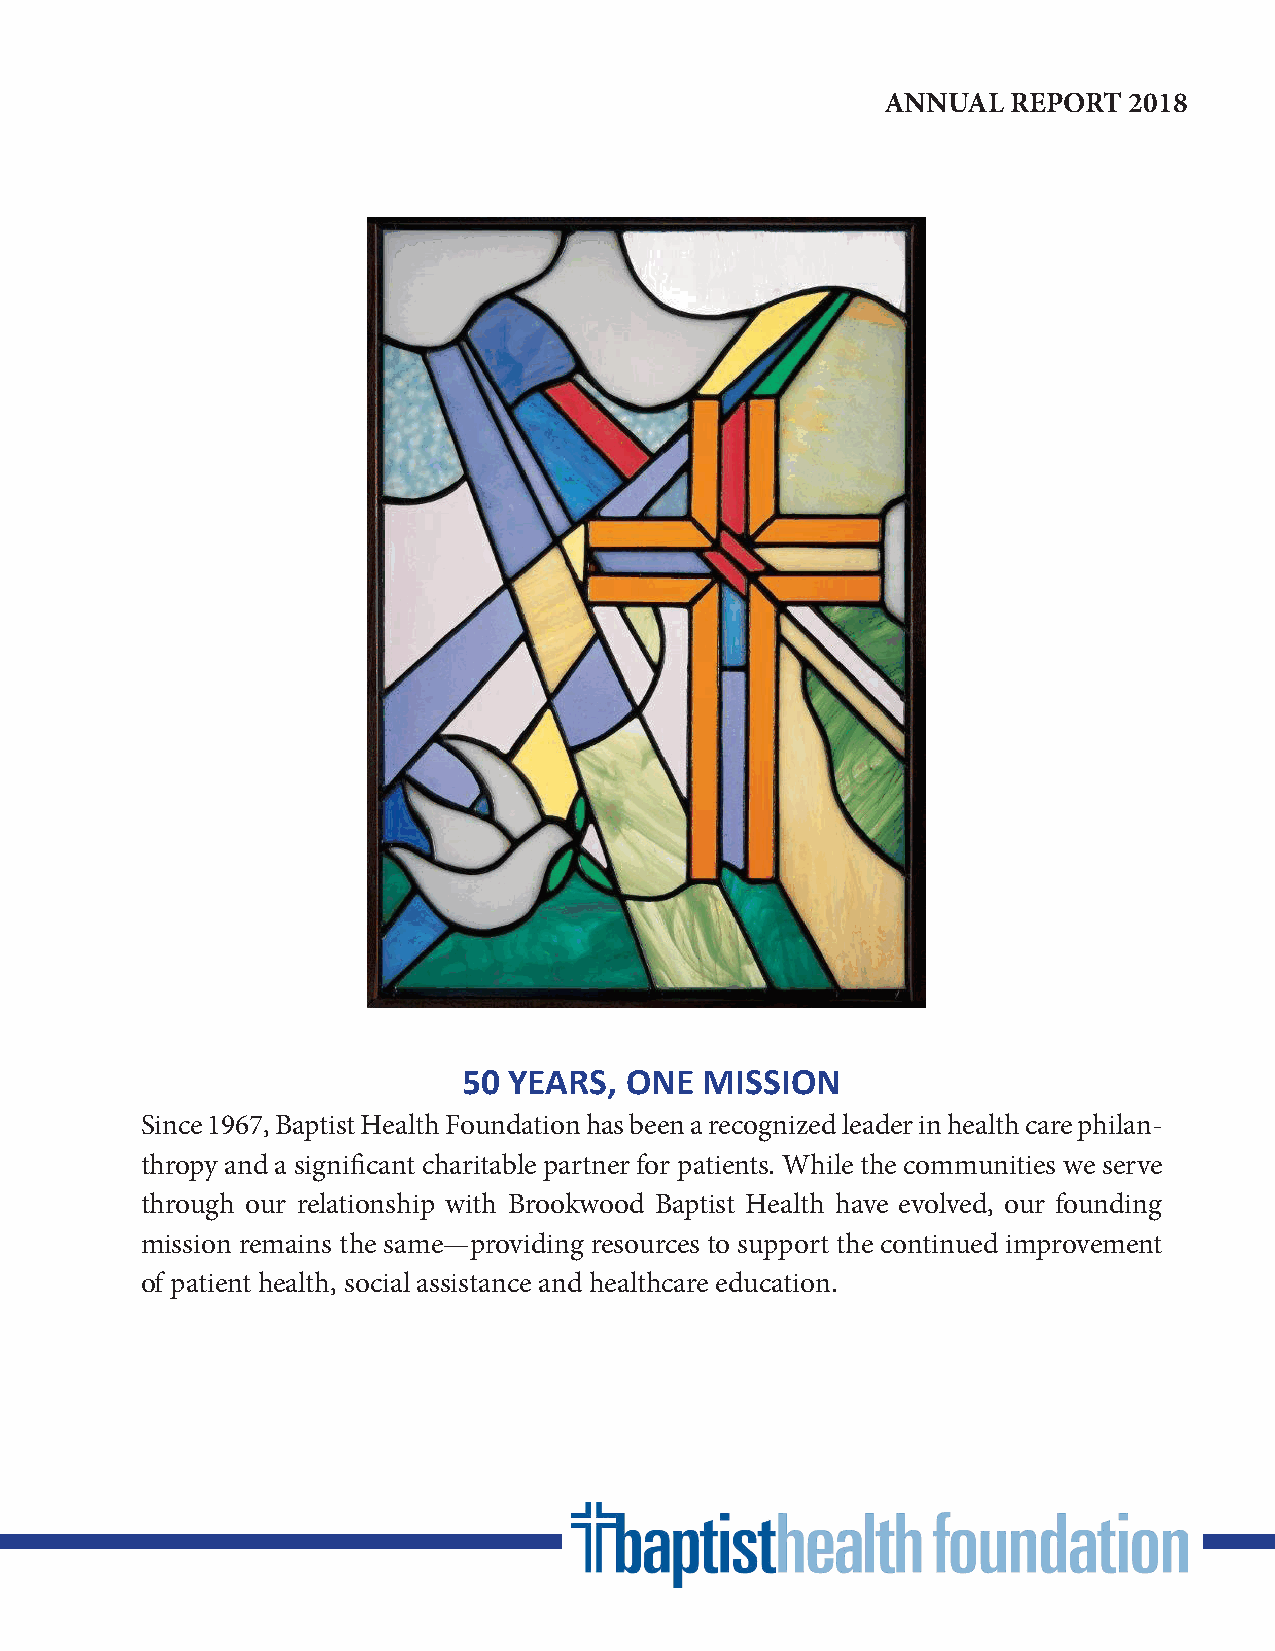
ANNUAL  REPORT  2018
 50 YEARS, ONE   MISSION
 Since 1967, Baptist Health Foundation has been a recognized leader in health care philan-
 thropy and a significant charitable partner for patients. While the communities we serve
 through our relationship with Brookwood Baptist Health have evolved, our founding
 mission remains the same—providing resources to support the continued improvement
 of patient health, social assistance and healthcare education.